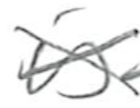
Text: is
Cross-out: cross
Writing tool: pencil